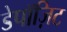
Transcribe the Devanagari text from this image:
डेपॉज़िट